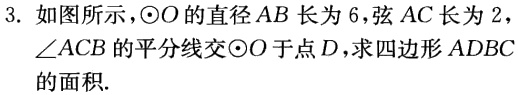
3. 如图所示，$\odot O$的直径$AB$长为$6$，弦$AC$长为$2$，$\angle ACB$的平分线交$\odot O$于点$D$，求四边形$ADBC$的面积.